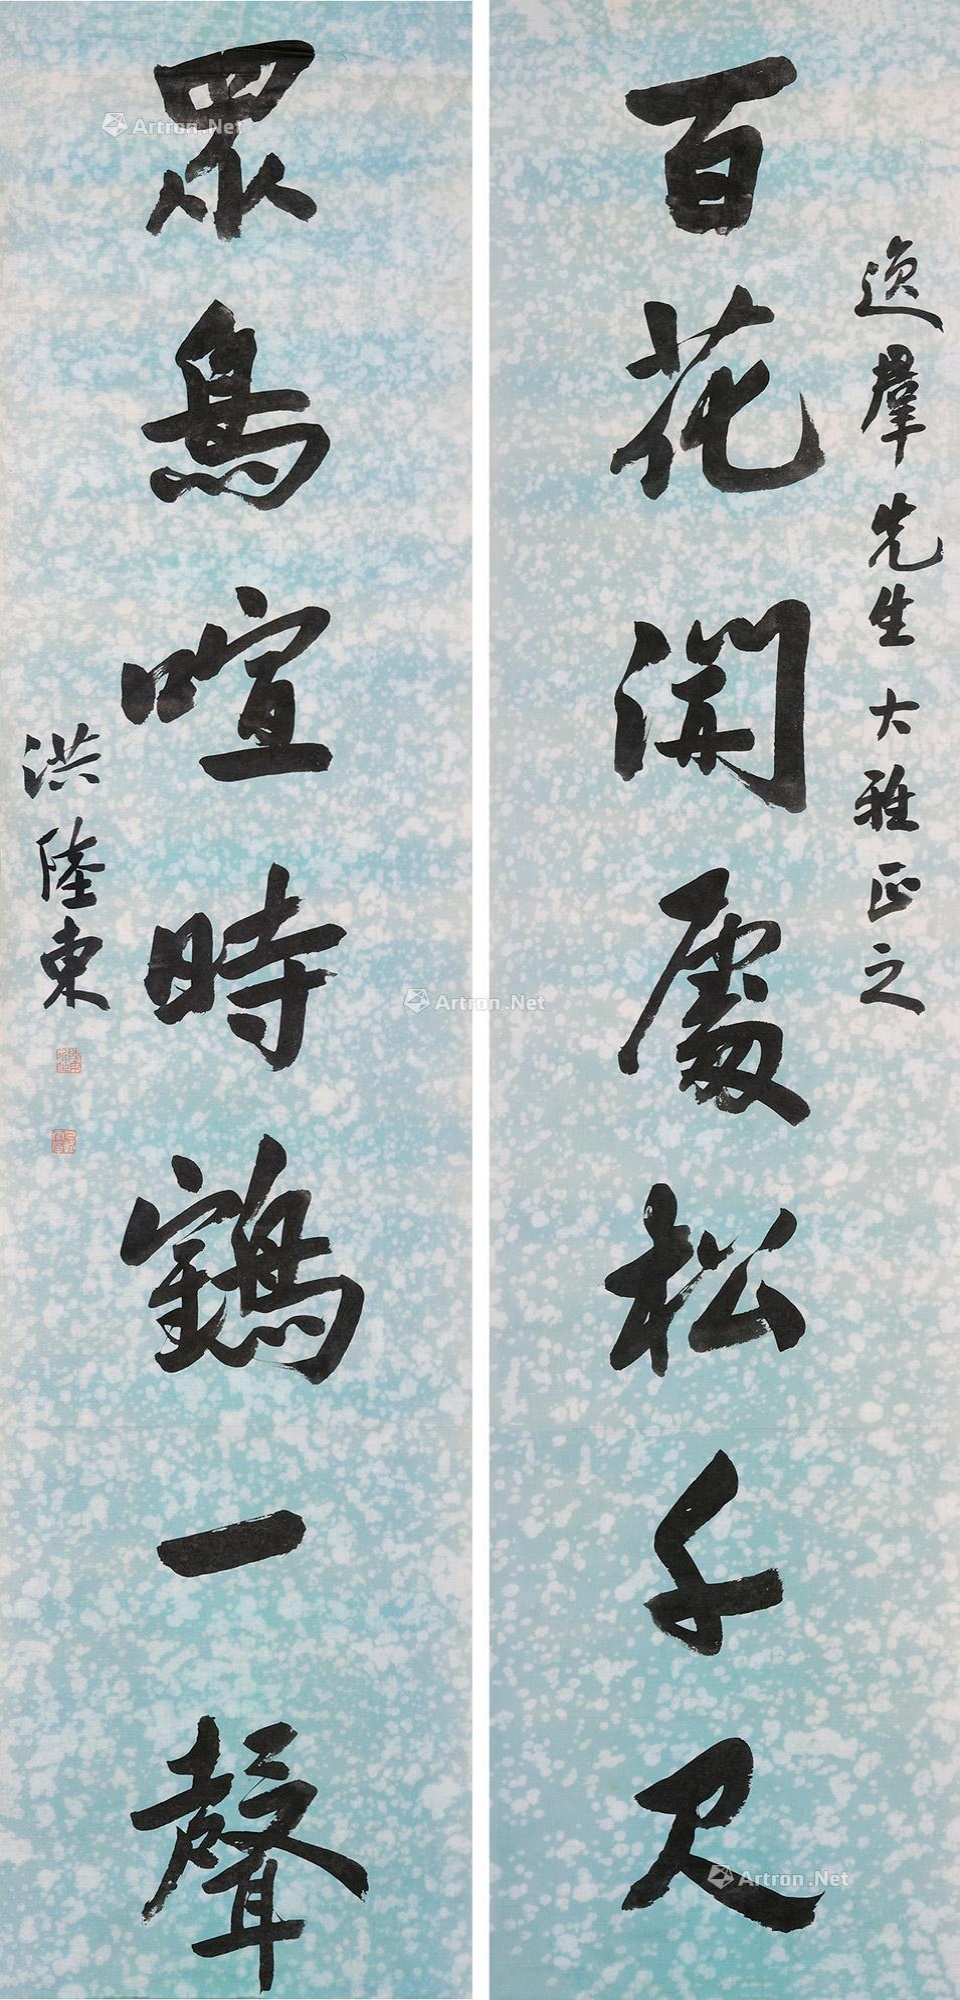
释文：百花开处松千尺，众鸟喧时鹤一声。轶群先生大雅正之。洪陆东。